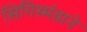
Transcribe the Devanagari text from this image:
सिगिस्मंडाने